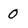
Character: 0